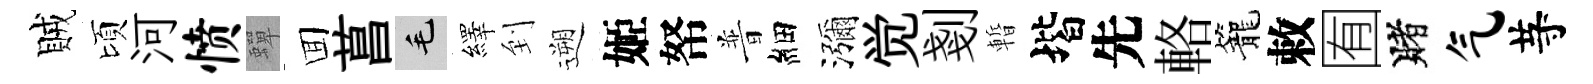
賊頃河愤蟬囬菖毛繹到遡姬帑普細瀰觉剗暫堦先輅籠敕囿賭气䒭